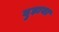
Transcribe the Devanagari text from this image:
दुड़ाया